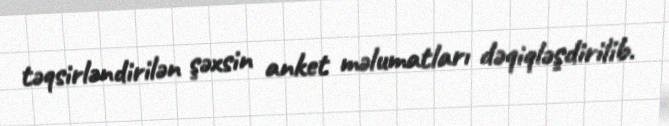
təqsirləndirilən şəxsin anket məlumatları dəqiqləşdirilib.